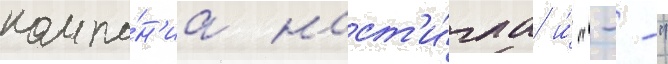
компа́н'иа наст'и́гла и́ "--"